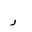
Letter: _ra